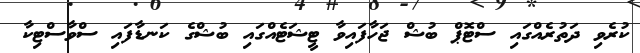
ކުރެވި ދަތުރެއްގައި ސްޓޮޕް ބުޝް ޖަހާފައިވާ ޓީޝަޓެއްގައި ބުޝްގެ ކަނޑާފައި ސްވާސްޓިކާ